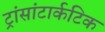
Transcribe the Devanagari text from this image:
ट्रांसांटार्कटिक